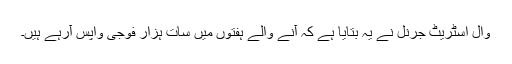
وال اسٹریٹ جرنل نے یہ بتایا ہے کہ آنے والے ہفتوں میں سات ہزار فوجی واپس آرہے ہیں۔